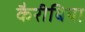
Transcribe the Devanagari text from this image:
कैरीबिया